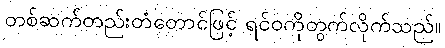
တစ်ဆက်တည်းတံတောင်ဖြင့် ရင်ဝကိုတွက်လိုက်သည်။